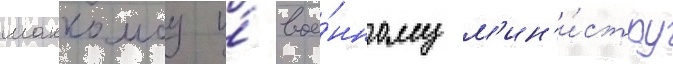
маккомбу и́ вое́нному м'ин'и́стру